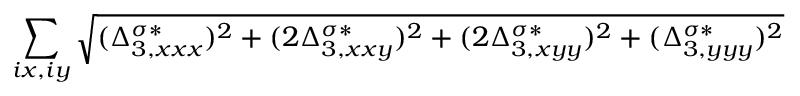
\sum _ { i x , i y } \sqrt { ( \Delta _ { 3 , x x x } ^ { \sigma * } ) ^ { 2 } + ( 2 \Delta _ { 3 , x x y } ^ { \sigma * } ) ^ { 2 } + ( 2 \Delta _ { 3 , x y y } ^ { \sigma * } ) ^ { 2 } + ( \Delta _ { 3 , y y y } ^ { \sigma * } ) ^ { 2 } }